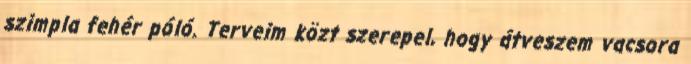
szimpla fehér póló. Terveim közt szerepel, hogy átveszem vacsora